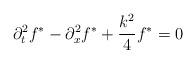
LaTeX: \begin{align*}\partial_t^2 f^* - \partial_x^2 f^* + \frac{k^2}{4} f^* = 0\end{align*}